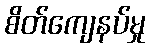
စိတ်ကျေနပ်မှု